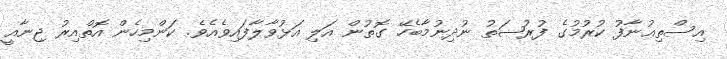
އިސްތިޢުނާފު ކުރުމުގެ ފުރުޞަތު ނުދިނުމާބެހޭ ގޮތުން އަލި އަޅުވާލާފައިވެއެވެ. ކަންމިހެން އޮތްއިރު ޖިނާއީ